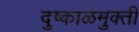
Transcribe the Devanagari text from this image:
दुष्काळमुक्ती